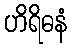
ဟိရိဓနံ